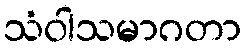
သံဝါသမာဂတာ